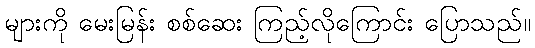
များကို မေးမြန်း စစ်ဆေး ကြည့်လိုကြောင်း ပြောသည်။